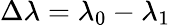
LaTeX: \Delta\lambda=\lambda_{0}-\lambda_{1}